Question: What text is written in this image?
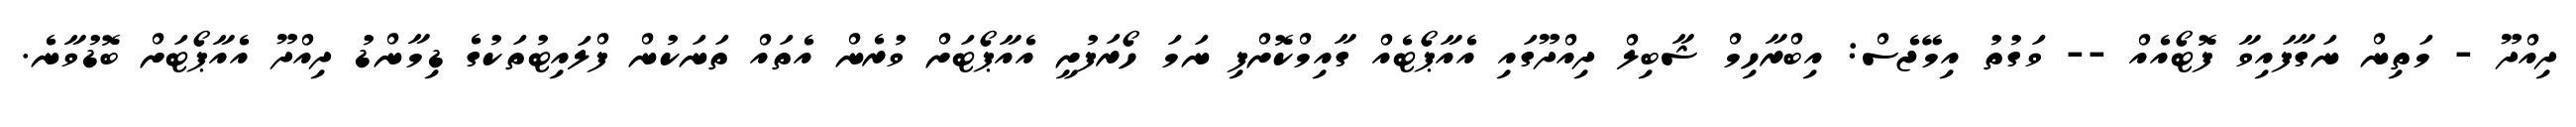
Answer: ދިއްދޫ - މަތިން ނަގާފައިވާ ފޮޓޯއެއް -- ވަގުތު އިމޭޖެސް: އިބްރާހިމް ޝާބިލް ދިއްދޫގައި އެއާޕޯޓެއް ގާއިމްކޮށްފި ނަމަ ހޯރަފުށީ އެއާޕޯޓަށް ވުރެން އެތައް ތަނަކުން ފްލައިޓުތަކުގެ ޑިމާންޑު ދިއްދޫ އެއާޕޯޓަށް ބޮޑުވާނެ.